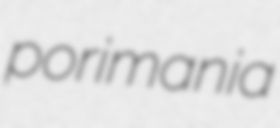
porimania